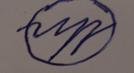
Signature authenticity: forged